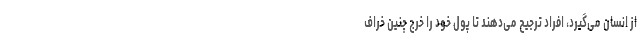
از انسان می‌گیرد، افراد ترجیح می‌دهند تا پول خود را خرج چنین خراف